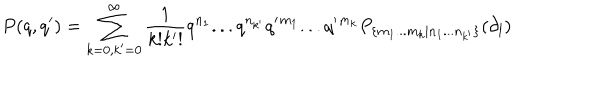
P ( q , q ^ { \prime } ) = \sum _ { k = 0 , k ^ { \prime } = 0 } ^ { \infty } \frac { 1 } { k ! k ^ { \prime } ! } q ^ { n _ { 1 } } . . . q ^ { n _ { k ^ { \prime } } } q ^ { \prime } { } ^ { m _ { 1 } } . . . q ^ { \prime } { } ^ { m _ { k } } P _ { \{ m _ { 1 } . . . m _ { k } | n _ { 1 } . . . n _ { k ^ { \prime } } \} } ( \partial _ { l } )